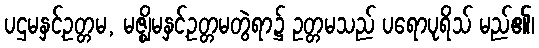
ပဌမနှင့်ဥတ္တမ, မဇ္ဈိမနှင့်ဥတ္တမတွဲရာ၌ ဥတ္တမသည် ပရောပုရိသ် မည်၏၊